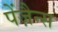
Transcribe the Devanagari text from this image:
पेंज़ैन्स